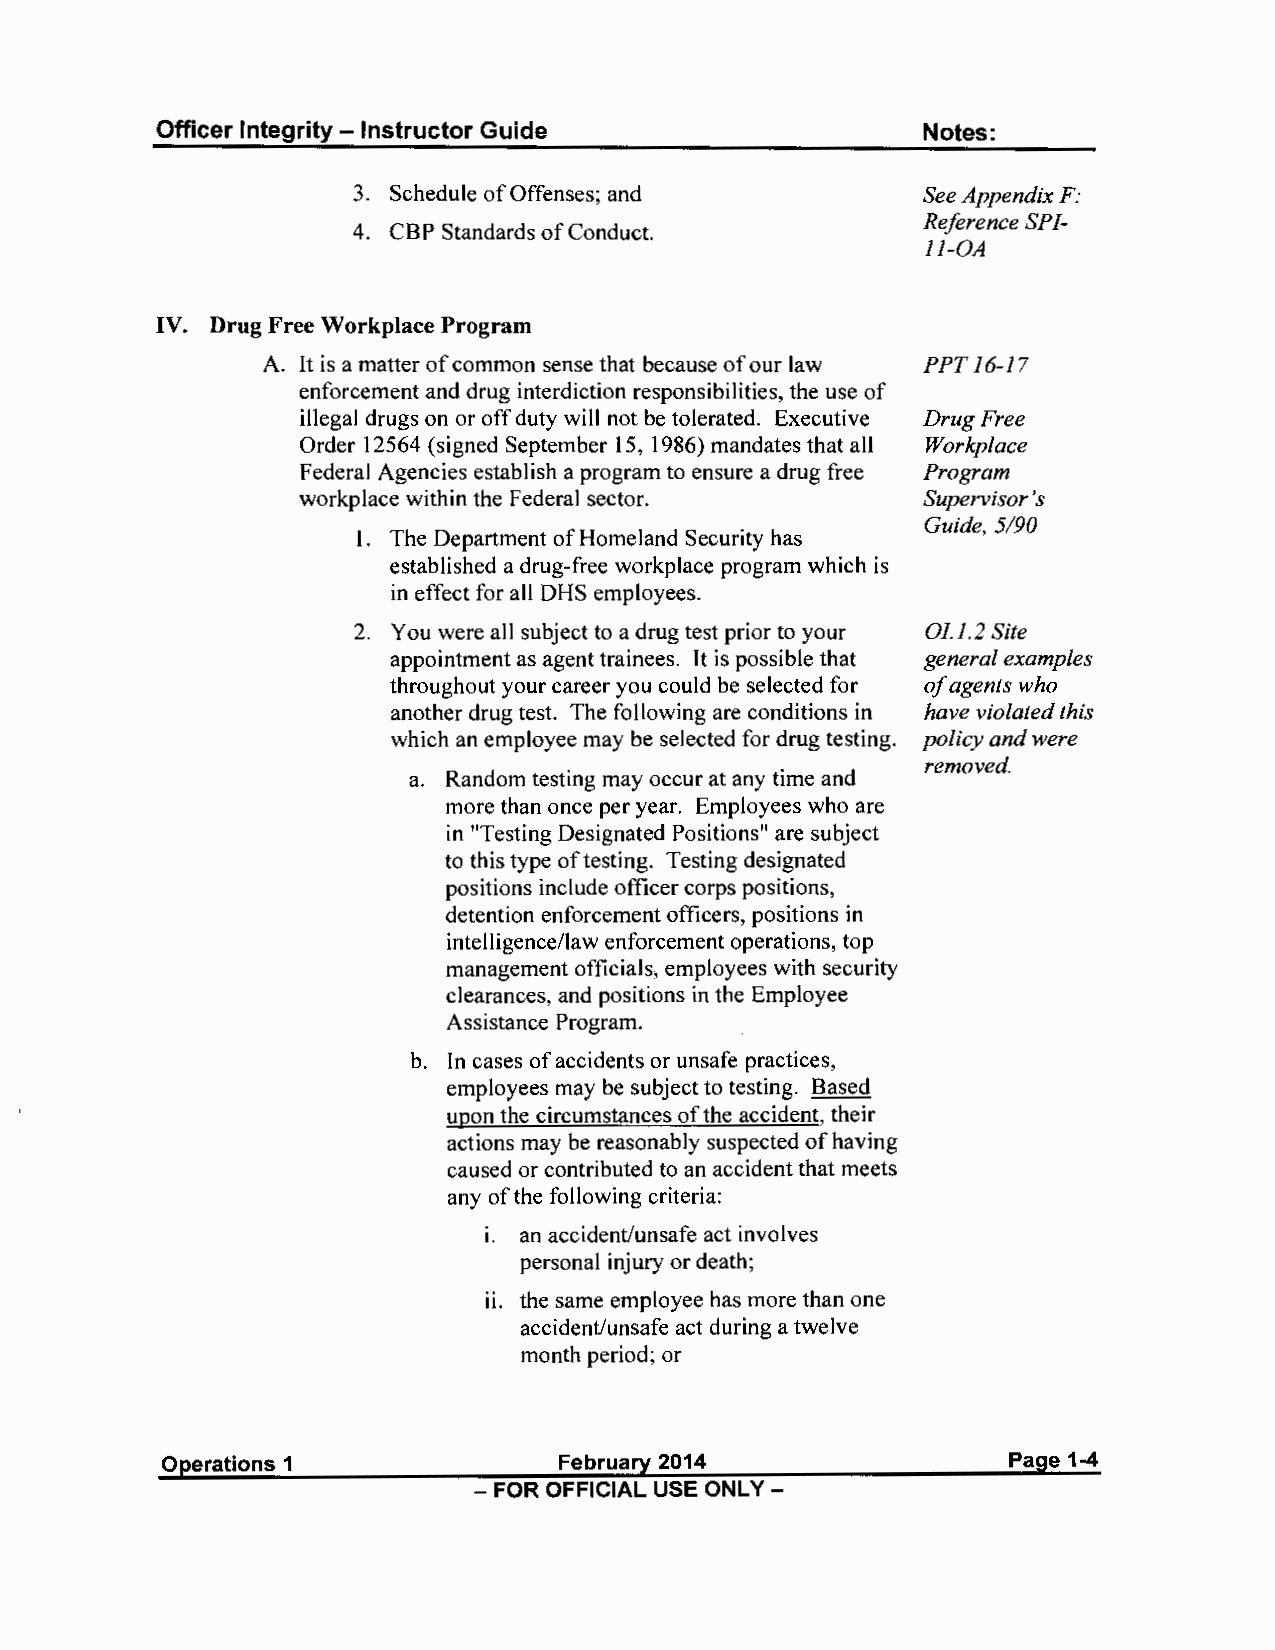
Officer Integrity - Instructor Guide               Notes:
 3. Schedule of Offenses; and          See Appendix F:
 Reference SP1 -
 4. CBP Standards of Conduct.
 11-0A
 IV. Drug Free Workplace Program
 A. It is a matter of common sense that because of our law PPT 16-17
 enforcement and drug interdiction responsibilities, the use of
 illegal drugs on or off duty will not be tolerated. Executive Drug Free
 Order 12564 (signed September 15, 1986) mandates that all Workplace
 Federal Agencies establish a program to ensure a drug free Program
 workplace within the Federal sector.     Supervisor's
 Guide, 5/90
 I. The Department of Homeland Security has
 established a drug-free workplace program which is
 in effect for all OHS employees.
 2. You were all subject to a drug test prior to your Oll.2 Site
 appointment as agent trainees. It is possible that general examples
 throughout your career you could be selected for of agents who
 another drug test. The following are conditions in have violated this
 which an employee may be selected for drug testing. policy and were
 removed.
 a. Random testing may occur at any time and
 more than once per year. Employees who are
 in "Testing Designated Positions" are subject
 to this type of testing. Testing designated
 positions include officer corps positions,
 detention enforcement officers, positions in
 intelligence/law enforcement operations, top
 management officials, employees with security
 clearances, and positions in the Employee
 Assistance Program.
 b. In cases of accidents or unsafe practices,
 employees may be subject to testing. Based
 upon the circumstances of the accident, their
 actions may be reasonably suspected of having
 caused or contributed to an accident that meets
 any of the following criteria:
 1. an accident/unsafe act involves
 personal injury or death;
 11. the same employee has more than one
 accident/unsafe act during a twelve
 month period; or
 Operations 1              February 2014                 Page 1-4
 - FOR OFFICIAL USE ONLY -